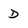
Character: d